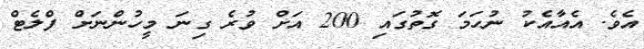
އެވެ. އެއާއެކު ނުހަމަ ގޮތުގައި 200 އަށް ވުރެ ގިނަ މީހުންނަށް ފްލެޓް